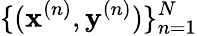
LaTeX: \{ ({\mathbf{x}^{(n)},\mathbf{y}^{(n)}})\} _{n=1}^{N}